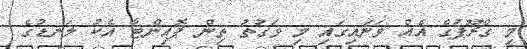
މި ގްރޫޕުގެ އެއް ވަނައިގައި މި ވަގުތު ތިން ޕޮއިންޓާ އެކު ލަނޑުގެ